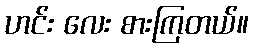
ဟင်း လေး စားကြတယ်။